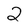
Character: 2